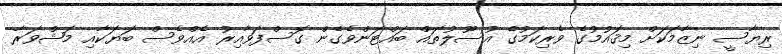
ރިޔާސީ ނިޒާމަކަށް މިޤައުމުގެ ވެރިކަމުގެ އުސޫލުތައް ބައްޓަންވެގެން ގޮސްފަވާއިރު އެއްވެސް ބަޔަކާއި މަޝްވަރާ